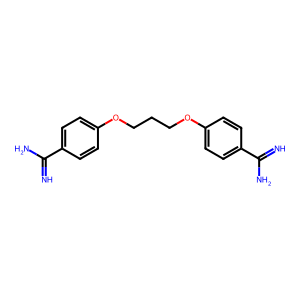
SMILES: N=C(N)c1ccc(OCCCOc2ccc(C(=N)N)cc2)cc1
Inhibits HIV replication: No